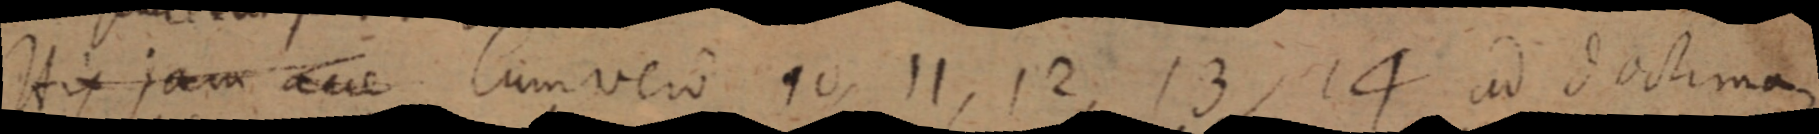
His jam a_e Cum vero 10, 11, 12, 13, 14 ad doctima